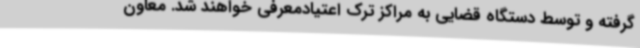
گرفته و توسط دستگاه قضایی به مراکز ترک اعتیادمعرفی خواهند شد. معاون